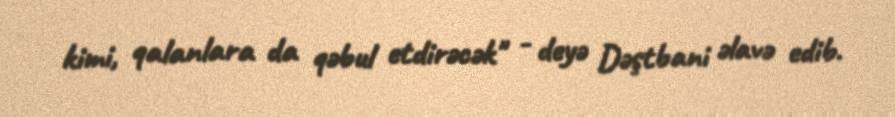
kimi, qalanlara da qəbul etdirəcək" - deyə Dəştbani əlavə edib.